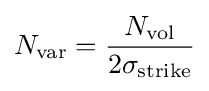
N_{\operatorname {var} }={\frac {N_{\text{vol}}}{2\sigma _{\text{strike}}}}